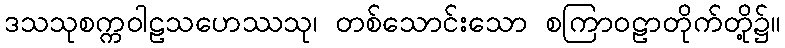
ဒသသုစက္ကဝါဠသဟေဿသု၊ တစ်သောင်းသော စကြာဝဠာတိုက်တို့၌။